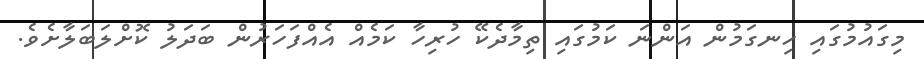
މިގައުމުގައި ހިނގަމުން އަންނަ ކަމުގައި ތިމާދެކޭ ހުރިހާ ކަމެއް އެއްފަހަރުން ބަދަލު ކޮށްލަބަލާށެވެ.